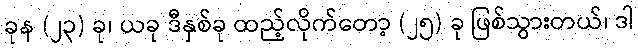
ခုန (၂၃) ခု၊ ယခု ဒီနှစ်ခု ထည့်လိုက်တော့ (၂၅) ခု ဖြစ်သွားတယ်၊ ဒါ